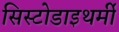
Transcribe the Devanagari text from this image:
सिस्टोडाइथर्मी